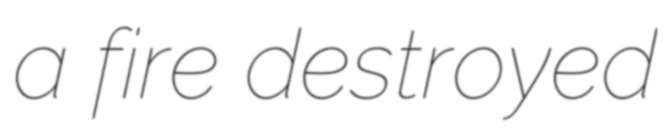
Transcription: a fire destroyed